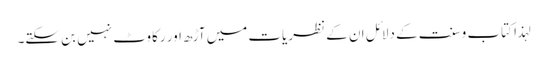
لہذا کتاب وسنت کے دلائل ان کے نظریات میں آڑھ اور رکاوٹ نہیں بن سکتے۔